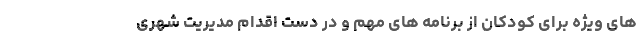
های ویژه برای کودکان از برنامه های مهم و در دست اقدام مدیریت شهری